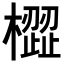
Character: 𣚟